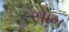
સોમ